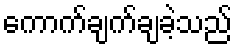
ကောက်ချက်ချခဲ့သည်